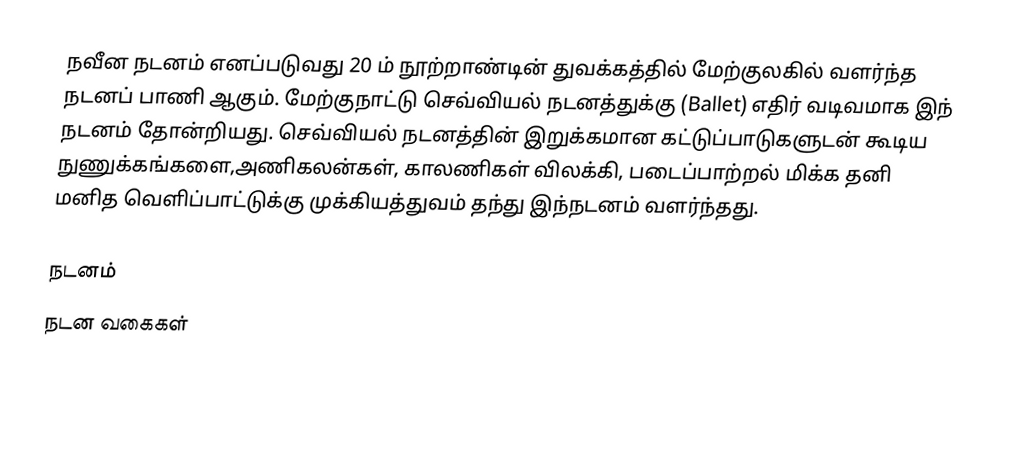
நவீன நடனம் எனப்படுவது 20 ம் நூற்றாண்டின் துவக்கத்தில் மேற்குலகில் வளர்ந்த நடனப் பாணி ஆகும்.  மேற்குநாட்டு செவ்வியல் நடனத்துக்கு (Ballet) எதிர் வடிவமாக இந் நடனம் தோன்றியது.  செவ்வியல் நடனத்தின் இறுக்கமான கட்டுப்பாடுகளுடன் கூடிய நுணுக்கங்களை,அணிகலன்கள், காலணிகள் விலக்கி, படைப்பாற்றல் மிக்க தனி மனித வெளிப்பாட்டுக்கு முக்கியத்துவம் தந்து இந்நடனம் வளர்ந்தது.

நடனம்
நடன வகைகள்